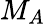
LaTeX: M_{A}